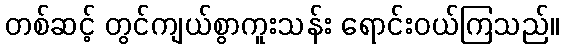
တစ်ဆင့် တွင်ကျယ်စွာကူးသန်း ရောင်းဝယ်ကြသည်။